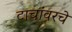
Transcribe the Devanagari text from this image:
टाचांवरचे